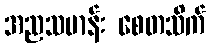
အညသမာန်း စေတသိက်